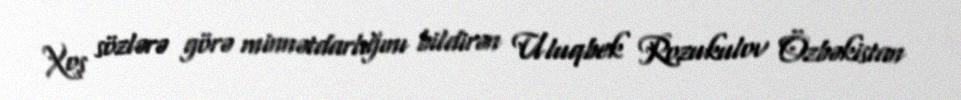
Xoş sözlərə görə minnətdarlığını bildirən Uluqbek Rozukulov Özbəkistan